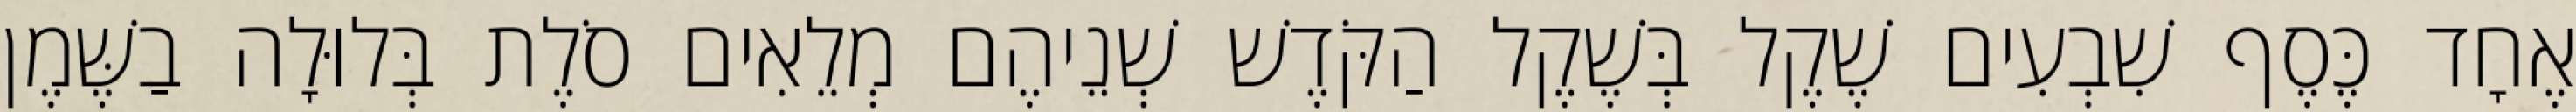
אֶחָד כֶּסֶף שִׁבְעִים שֶׁקֶל בְּשֶׁקֶל הַקֹּדֶשׁ שְׁנֵיהֶם מְלֵאִים סֹלֶת בְּלוּלָה בַשֶּׁמֶן